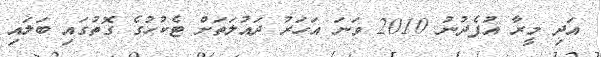
އަދި މީރާ އުފެދުނު 2010 ވަނަ އަހަރު ދައުލަތަށް ޓެކުހުގެ ގޮތުގައި ބަލައި